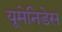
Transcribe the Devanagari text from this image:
यूमेनिडेस